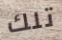
تلك